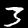
Label: 3